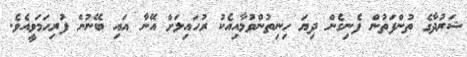
ޝަރުދާގެ ތުންފަތުން ފެނިގެން ދިޔަ ހިނިތުންވުމާއިއެކު ރުހައިލަށް އޭނާ އައި ބޭނުން ފުރިހަމަވީއެވެ.